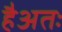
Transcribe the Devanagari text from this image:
हैअतः